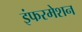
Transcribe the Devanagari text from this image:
इंफरमेशन